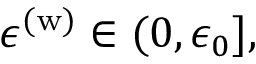
\epsilon ^ { \mathrm { ( w ) } } \in ( 0 , \epsilon _ { 0 } ] ,